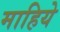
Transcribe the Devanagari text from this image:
माहिये